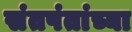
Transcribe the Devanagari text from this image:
संतपंतांच्या